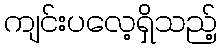
ကျင်းပလေ့ရှိသည့်